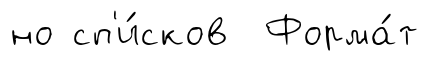
но сп'и́сков Форма́т